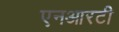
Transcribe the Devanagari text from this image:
एनआरटी